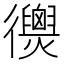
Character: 𢖣